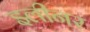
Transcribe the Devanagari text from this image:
इलीनर